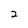
Character: 2